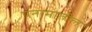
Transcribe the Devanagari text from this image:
पनामातील